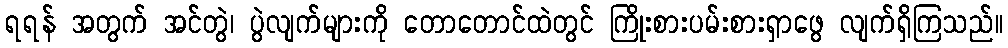
ရရန် အတွက် အင်တွဲ၊ ပွဲလျက်များကို တောတောင်ထဲတွင် ကြိုးစားပမ်းစားရှာဖွေ လျက်ရှိကြသည်။